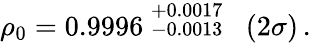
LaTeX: \rho_{0}=0.9996\stackrel{\scriptstyle+0.0017}{\scriptstyle-0.0013}\; \; (2\sigma)\, .